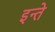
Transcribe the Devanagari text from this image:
इन्ते